Madras plague regulations in force outside the Presidency town - Volume 7
Disease focus: Plague
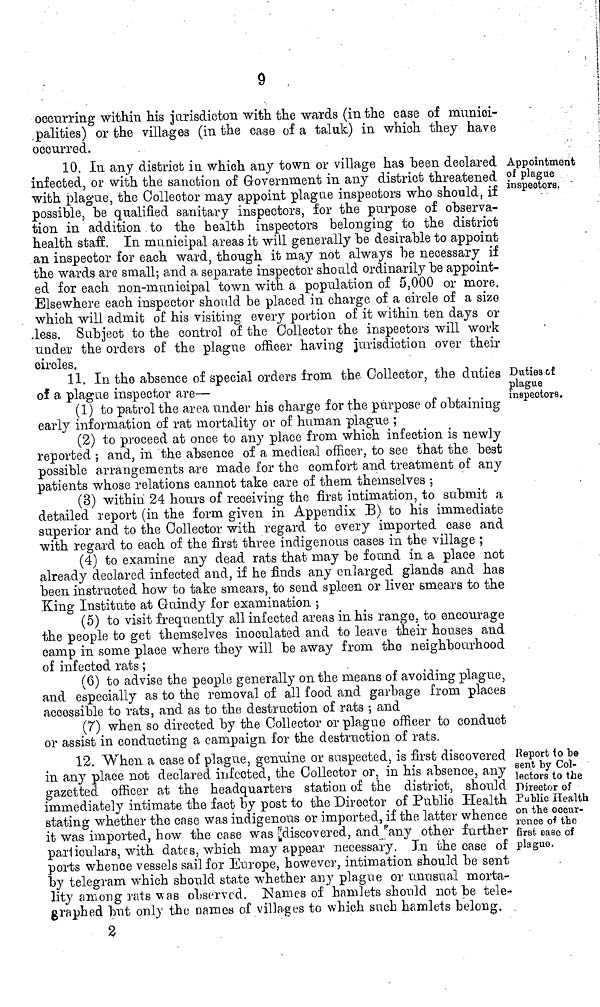
9 ,
occurring within his juriisdicton with the wards (in the case of munici-
palities) or the villages (in the case of a taluk) in which they have
occurred.
Appointment
of plague
inspectors. "
10. In any district in which any town or village has been declared
infected, or with the sanction of Government in any district threatened
with plague, the Collector may appoint plague inspectors who should, if
possible, be qualified sanitary inspectors, for the purpose of observa-
tion in addition to the health inspectors belonging to the district
health staff. In municipal areas it will generally be desirable to appoint
an inspector for each ward, though it may not always be necessary if
the wards are small; and a separate inspector should ordinarily be appoint-
ed for each non-municipal town with a population of 5,000 or more.
Elsewhere each inspector should be placed in charge of a circle of a sizo
which will admit of his visiting every portion of it within ten days or
Jess. Subject to the control of the Collector the inspectors will work
under the orders of the plague officer having jurisdiction over their
circles.
Duties of
plague
inspectors.
11. In the absence of special orders from the Collector, the duties
of a plague inspector are—
(1) to patrol the area under his charge for the purpose of obtaining
early information of rat mortality or of human plague ;
(2) to proceed at once to any place from which infection is newly
reported ; and, in the absence of a medical officer, to see that the best
possible arrangements are made for the comfort and treatment of any
patients whose relations cannot take care of them themselves ;
(3) within 24 hours of receiving the first intimation, to submit a
detailed report (in the form given in Appendix 33) to his immediate
superior and to the Collector with regard to every imported case and
with regard to each of the first three indigenous cases in the village ;
(4) to examine any dead rats that may be found in a place not
already declared infected and, if he finds any enlarged glands and has
been instructed how to take smears, to send spleen or liver smears to the
King Institute at Guindy for examination ;
(5) to visit frequently all infected areas in his range, to encourage
the people to get themselves inoculated and to leave their houses and
camp in some place where they will be away from the neighbourhood
of infected rats ;
(6) to advise the people generally on the means of avoiding plague,
and especially as to the removal of all food and garbage from places
accessible to rats, and as to the destruction of rats ; and
(7) when so directed by the Collector or plague officer to conduct
or assist in conducting a campaign for the destruction of rats.
Report to be
sent by Col-
lectors to the
Director of
Public Health
on the occur-
rence of the
first case of
plague.
12. When a case of plague, genuine or suspected, is first discovered
in any place not declared infected, the Collector or, in his absence, any
gazetted officer at the headquarters station of the district, should
immediately intimate the fact by post to the Director of Public Health
stating whether the case was indigenous or imported, if the latter whence
it was imported, how the case was discovered, and any other further
parliculars, with dates, which may appear necessary. In the case of
ports whence vessels sail for Europe, however, intimation should be sent
by telegram which should state whether any plague or unusual morta-
lity among rats Mas observed. Names of hamlets should not be tele-
graphed but only the names of villages to which such hamlets belong.
2